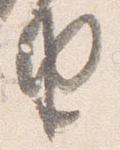
由